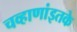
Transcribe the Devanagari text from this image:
चव्हाणांइतके